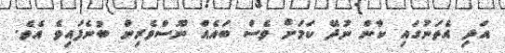
އަދި އެތަނުގައި ކާން ނުދޭ ކަމަށް ވެސް ބައެއް ނޫސްވެރިން ބުނެފައިވެ އެވެ.